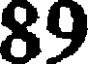
89